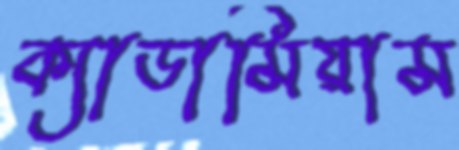
ক্যাডামিয়াম